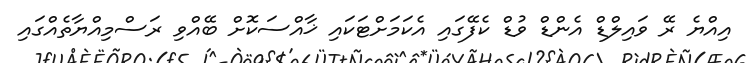
އިއްޔެ ރޭ ވައިލްޑް އެންޑް ވުޑް ކެފޭގައި އެކަމަށްޓަކައި ޚާއްސަކޮށް ބޭއްވި ރަސްމިއްޔާތެއްގައި